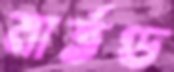
মার্তণ্ড